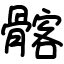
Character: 髂